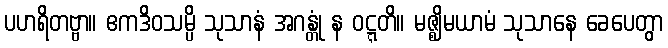
ပဟရိတဗ္ဗာ။ ဧကဒိဝသမ္ပိ သုသာနံ အဂန္တုံ န ဝဋ္ဋတိ။ မဇ္ဈိမယာမံ သုသာနေ ခေပေတွာ